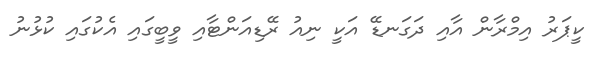
ކީޕަރު އިމްރާން އާއި ދަގަނޑޭ އަކީ ނިއު ރޭޑިއަންޓާއި ވީބީގައި އެކުގައި ކުޅުނު